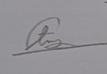
Signature authenticity: genuine